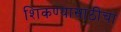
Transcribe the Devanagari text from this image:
शिकण्यासाठीचा